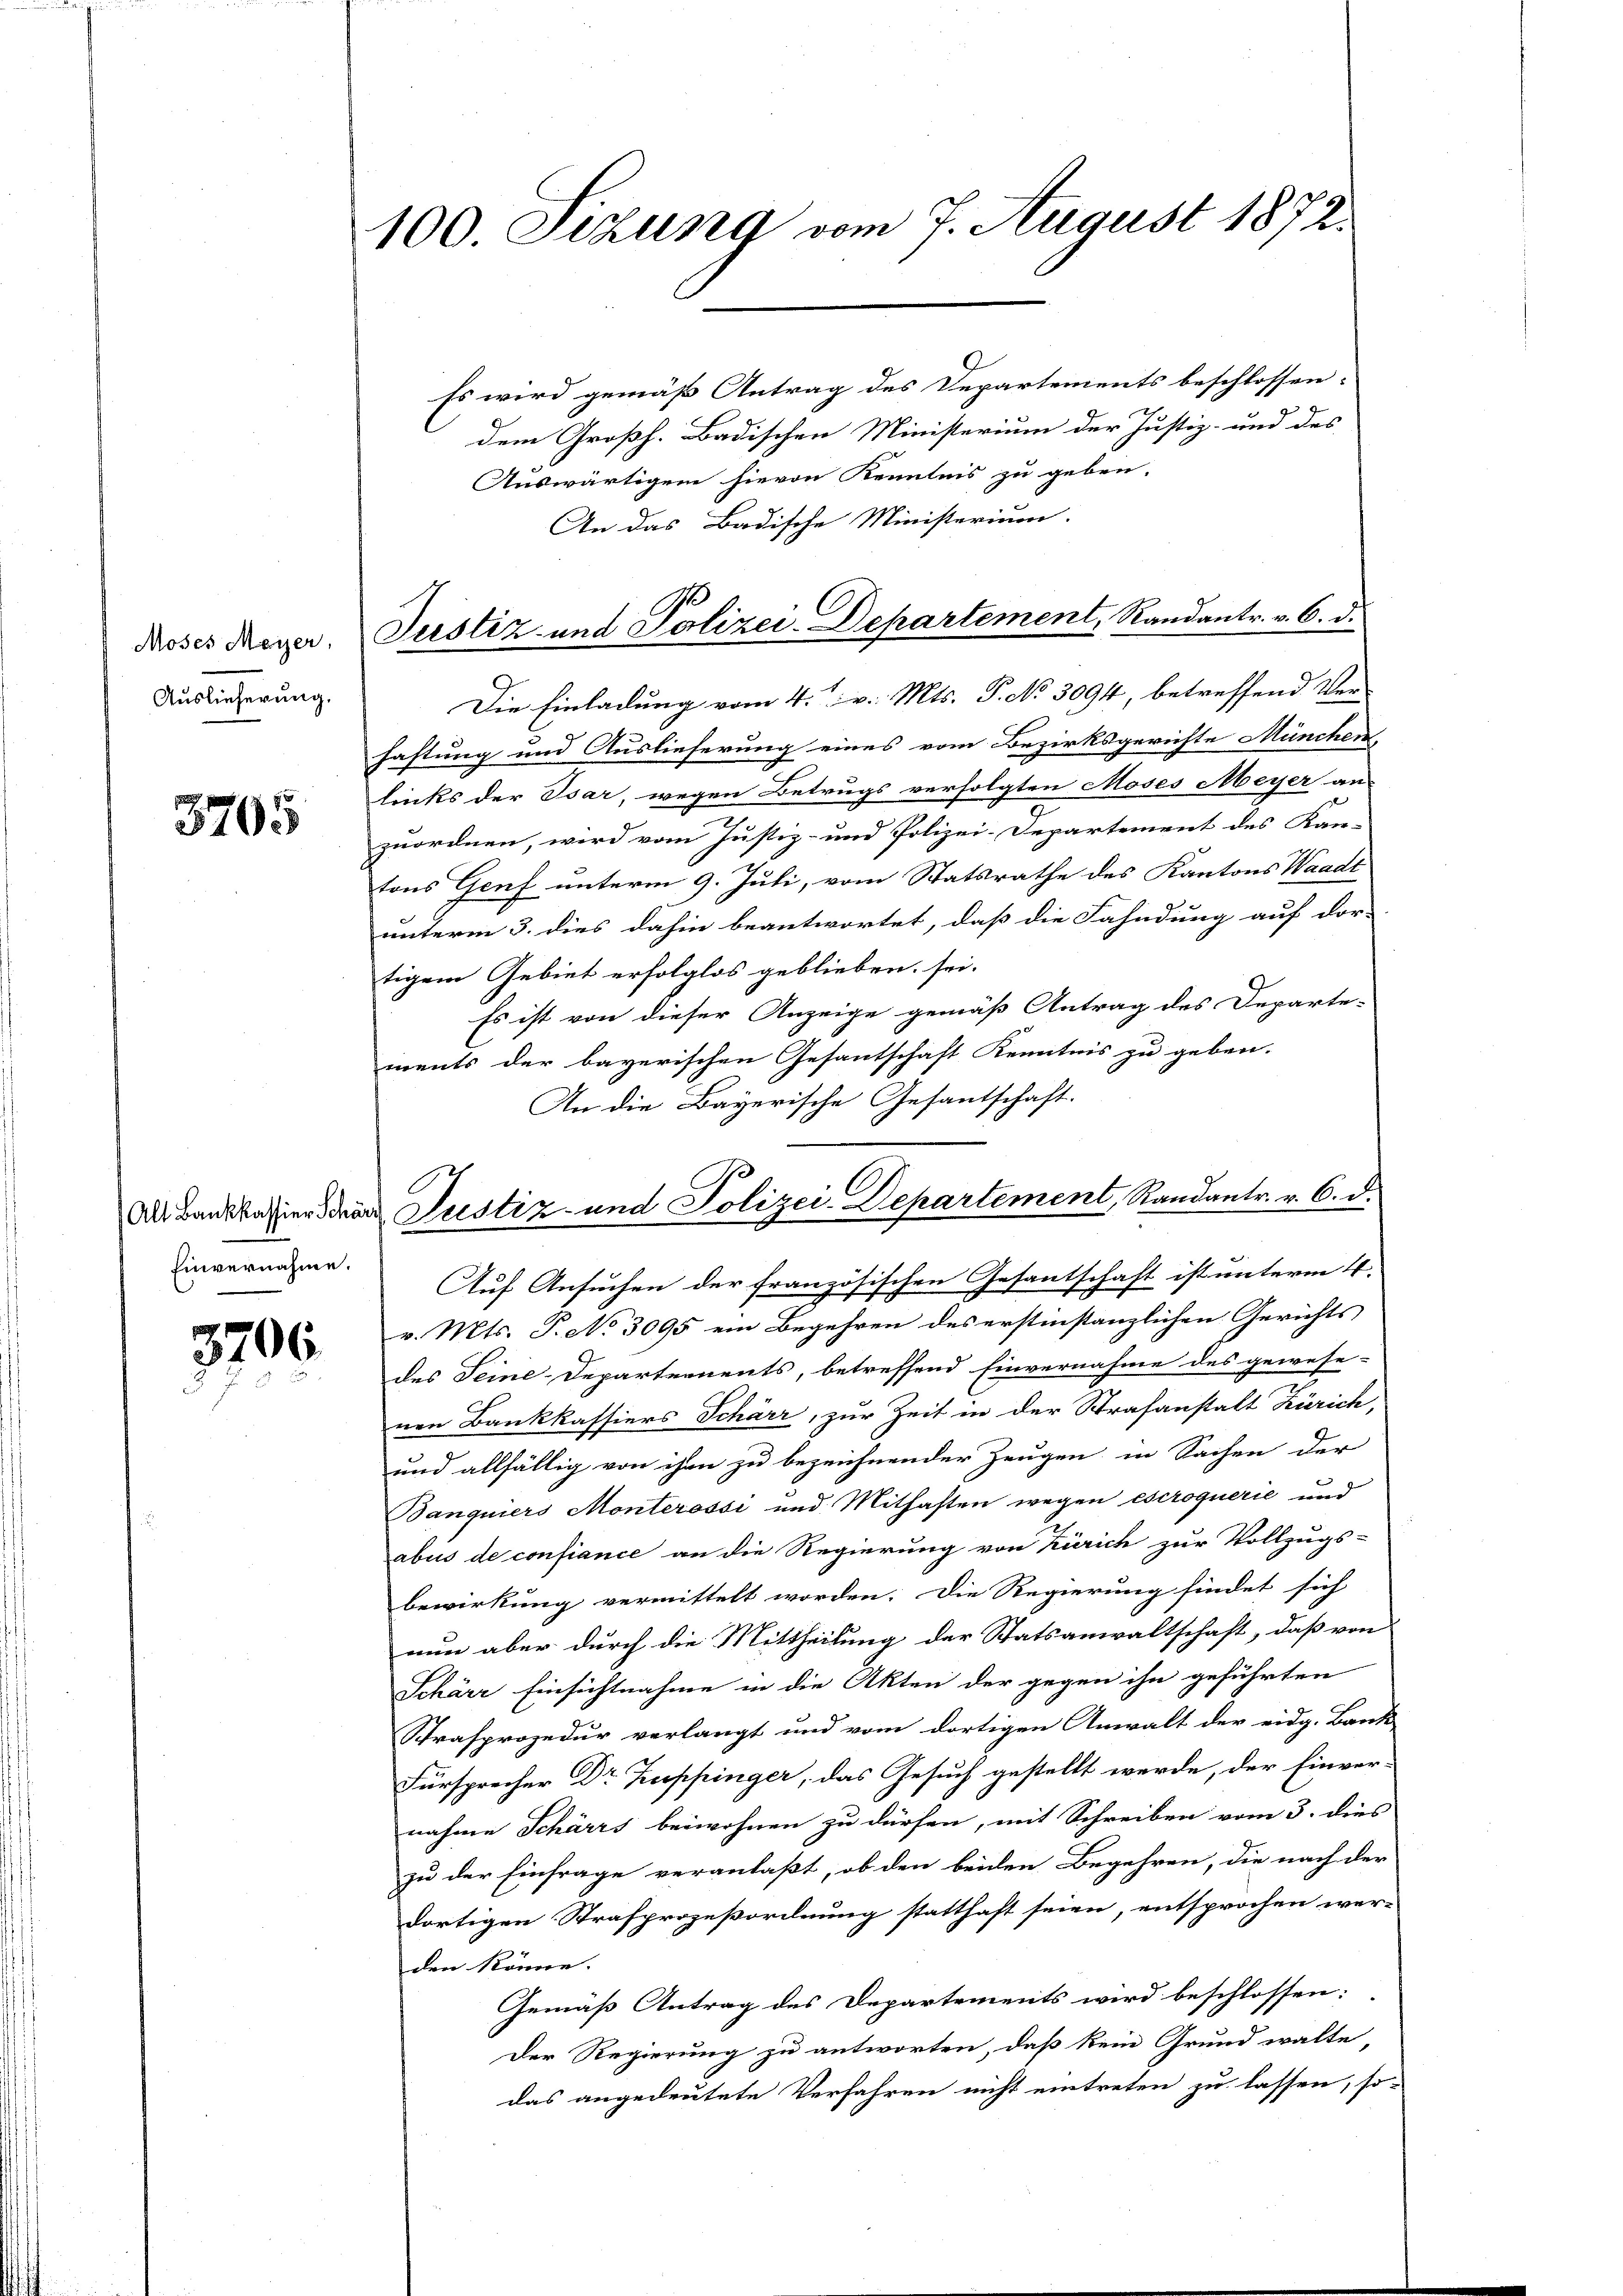
Moses Meyer,
Auslieferung,

3705

Einvernahme.

3706.
e

100. Sekung vom 7. August 1872.

Es wird gemäß Antrag des Departements beschlossen.
dem Großh. Badischen Ministerium der Justiz- und des
Auswärtigen hievon Kenntnis zu geben.
An das Badische Ministerium.
Die Einladung vom 4. v. Mts. P. No 3094, betreffend Ver-
haftung und Auslieferung eines vom Bezirksgerichte München
links der Isar, wegen Betrugs verfolgten Moses Meyer an
zuordnen, wird vom Justiz- und Polizei-Departement des Kan-
tons Genf unterm 9. Juli, vom Statsrathe des Kantons Waadt
unterm 3. dies dahin beantwortet, daß die Fahndung auf dor-
tigem Gebiet erfolglos geblieben sei.
Es ist von dieser Anzeige gemäß Antrag des Departe-
ments der bayerischen Gesantschaft Kenntnis zu geben.
An die Bayerische Gesantschaft.
Auf Ansuchen der französischen Gesantschaft ist unterm 4.
v. Mts. P. No 3095 ein Begehren des erstinstanzlichen Gerichts
des Seine Departernents, betreffend Einvernahme des gewese-
nen Bankkassiers Schärr, zur Zeit in der Strafanstalt Zürich,
und allfällig von ihm zu bezeichnender Zeugen in Sachen der
Banquiers Monteressi und Mithaften wegen escroquerie und
abus de confiance an die Regierung von Zürich zur Vollzugs-
bewirkung vermittelt worden. Die Regierung findet sich
nun aber durch die Mittheilung der Statsanwaltschaft, daß von
Schärr Einsichtnahme in die Akten der gegen ihn geführten
Strafprozedur verlangt und vom dortigen Anwalt der eidg. Bank
Fürsprecher Dr Kuppinger, das Gesuch gestellt werde, der Einvernahme Schärrs beiwohnen zu dürfen, mit Schreiben vom 3. dies
zu der Einfrage veranlaßt, ob den beiden Begehren, die nach der
dortigen Strafprozeßordnung statthaft seien, entsprochen werden könne.
Gemäß Antrag des Departements wird beschlossen:
Der Regierung zu antworten, daß kein Grund walte,
das angedeutete Verfahren nicht eintreten zu lassen, so-

Justiz- und Polizei-Departement, Randantr. v. 6. d.

des Bankkahier der Justiz- und Polizei-Departement, Randantr. v. 6. d.